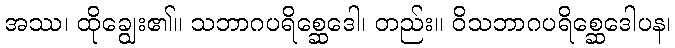
အဿ၊ ထိုချွေး၏။ သဘာဂပရိစ္ဆေဒေါ၊ တည်း။ ဝိသဘာဂပရိစ္ဆေဒေါပန၊